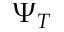
\Psi _ { T }